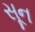
સૂન